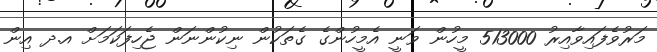
މަރުވެފައިވާއިރު 513000 މީހުން ވަނީ އެމީހުންގެ ގެތަކުން ނިކުންނަން ޖެހިފަކަމަށް އ.ދ އިން